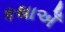
કથાએઁ